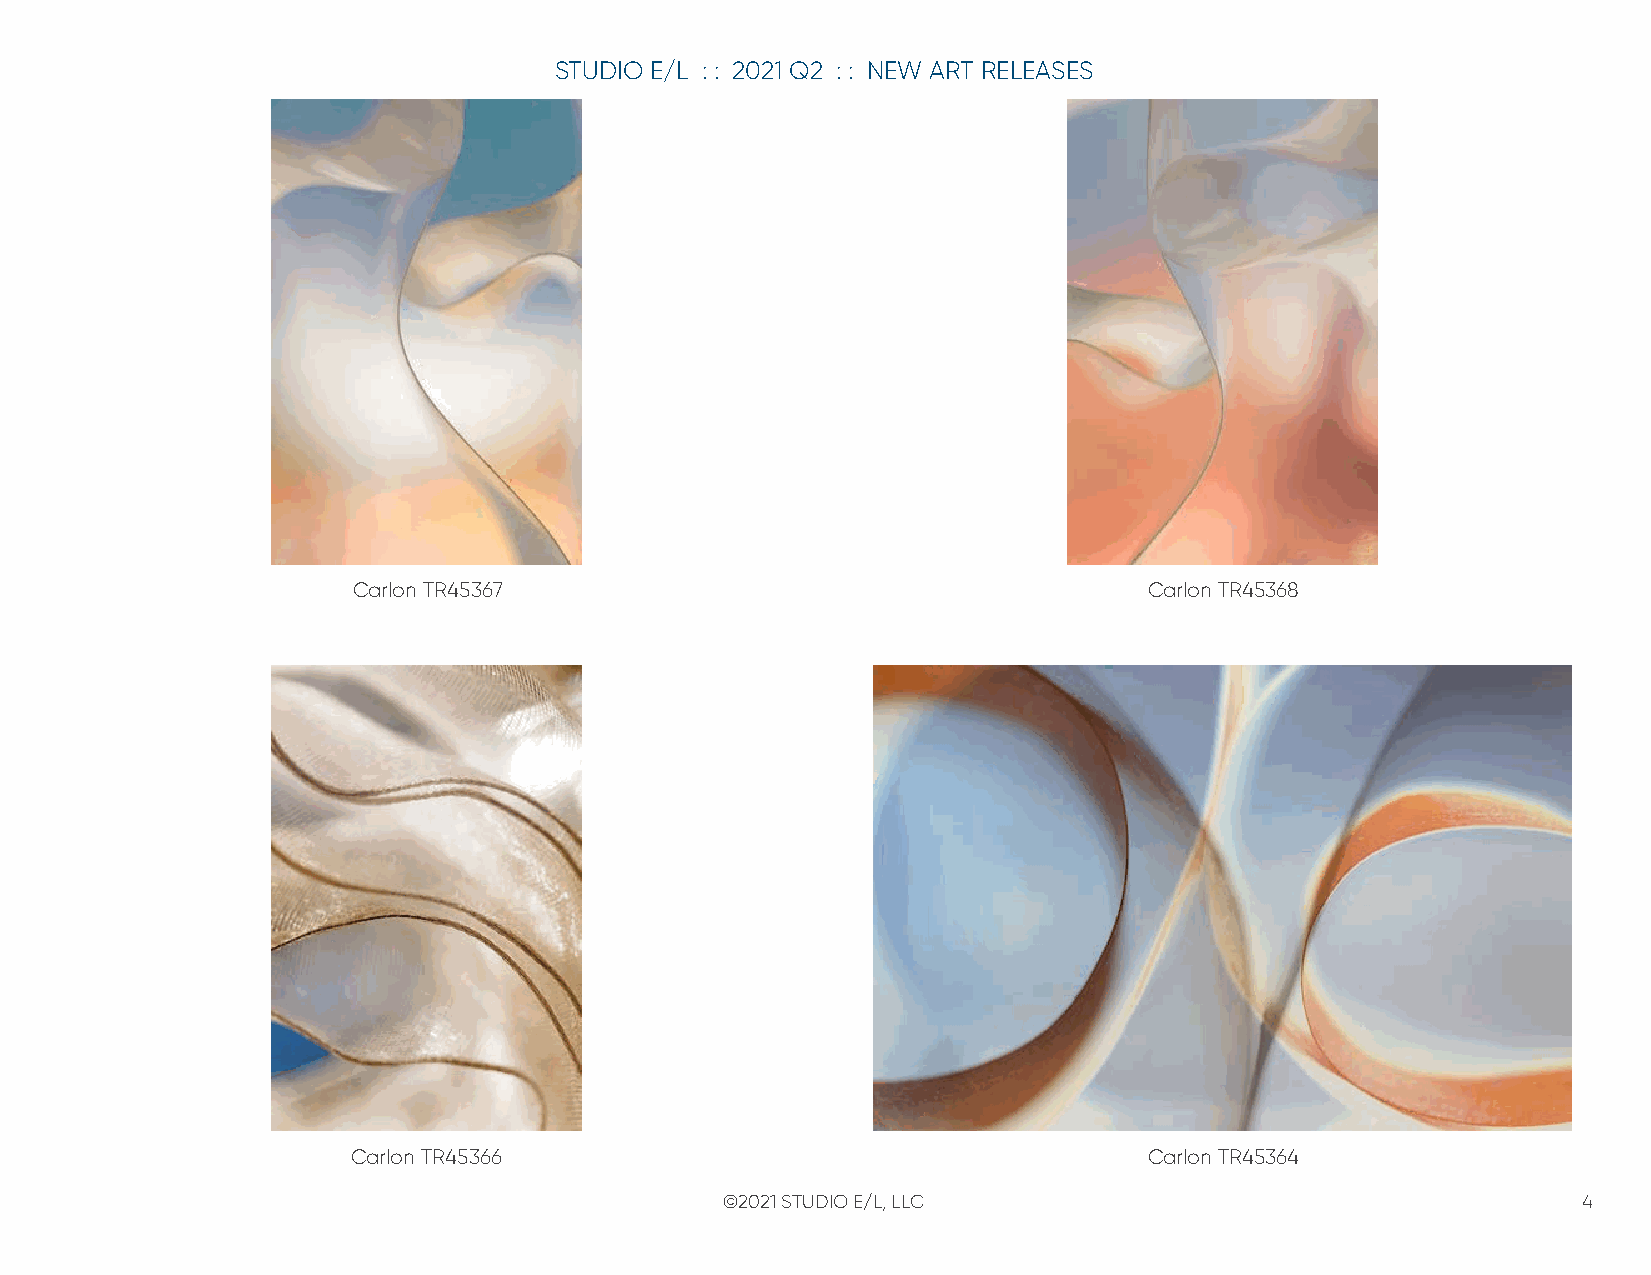
STUDIO E/L : : 2021 Q2 : : NEW ART RELEASES
 Carlon TR45367                                       Carlon TR45368
 Carlon TR45366                                       Carlon TR45364
 ©2021 STUDIO E/L, LLC                                    4